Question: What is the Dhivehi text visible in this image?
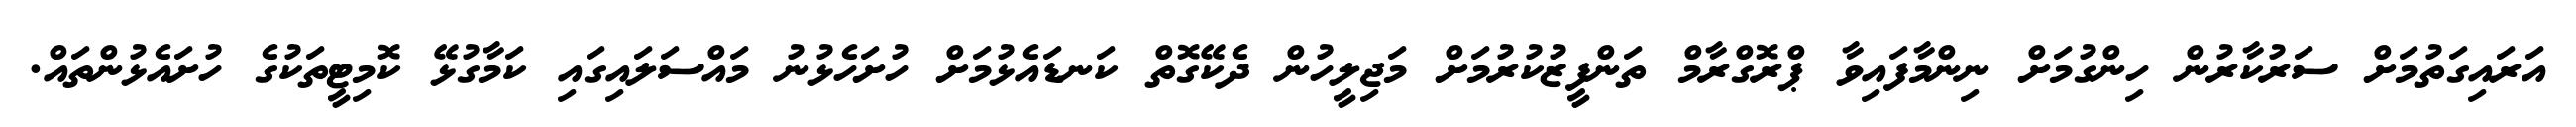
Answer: އަރައިގަތުމަށް ސަރުކާރުން ހިންގުމަށް ނިންމާފައިވާ ޕްރޮގްރާމް ތަންފީޒުކުރުމަށް މަޖިލީހުން ދެކޭގޮތް ކަނޑައެޅުމަށް ހުށަހެޅުނު މައްސަލައިގައި ކަމާގުޅޭ ކޮމިޓީތަކުގެ ހުށައެޅުންތައް.